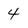
Character: 4